Scottish Leaving Certificate Examination, 1957
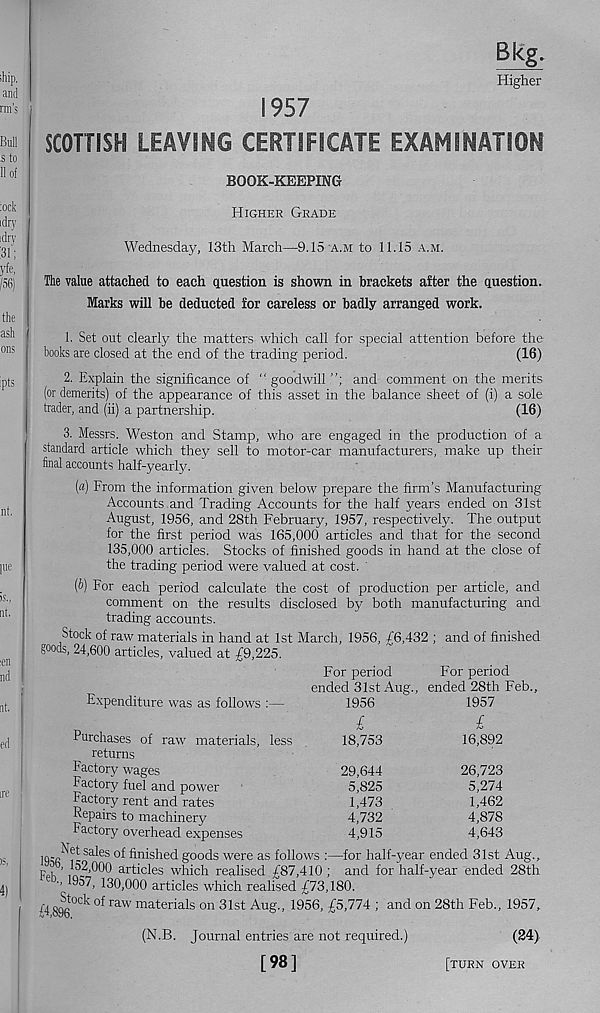
Higher
1957
SCOTTISH LEAVING CERTIFICATE EXAMINATION
BOOK-KEEPING
Higher Grade
Wednesday, 13th March—9.15‘A.m to 11.15 a.m.
The value attached to each question is shown in brackets after the question.
Marks will be deducted for careless or badly arranged work.
1. Set out clearly the matters which call for special attention before the
books are closed at the end of the trading period.
(16)
2. Explain the significance of “ goodwill
and comment on the merits
(or demerits) of the appearance of this asset in the balance sheet of (i) a sole
trader, and (ii) a partnership.
(16)
3. Messrs. Weston and Stamp, who are engaged in the production of a
standard article which they sell to motor-car manufacturers, make up their
final accounts half-yearly.
(«) From the information given below prepare the firm’s Manufacturing
Accounts .and Trading Accounts for the half years ended on 31st
August, 1956, and 28th February, 1957, respectively. The output
for the first period was 165,000 articles and that for the second
135,000 articles. Stocks of finished goods in hand at the close of
the trading period were valued at cost.
{b) For each period calculate the cost of production per article, and
comment on the results disclosed by both manufacturing and
trading accounts.
Stock of raw materials in hand at 1st March, 1956, £6,432 ; and of finished
goods, 24,600 articles, valued at £9,225.
For period
For period
ended 31st Aug., ended 28th Feb.,
Expenditure was as follows :—
1956
£
18,753
1957
£
16,892
Purchases of raw materials, less
returns
Factory wages
29,644
26,723
Factory fuel and power
5,825
5,274
Factory rent and rates
1,473
1,462
Repairs to machinery
4,732
4,878
Factory overhead expenses
4,915
4,643
Sa^es
Wished goods were as follows :—for half-year ended 31st Aug.,
FpK iiw’^OO articles which realised £87,410; and for half-year ended 28th
■■1957, 130,000 articles which realised £73,180.
f 4 896°C k °f raw materials on 3 lst Aug., 1956, £5,774 ; and on 28th Feb., 1957,
(N.B. Journal entries are not required.)
[98]
m
[turn over